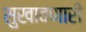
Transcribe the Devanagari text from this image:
सुखावणारी